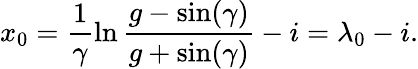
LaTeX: x_{0}=\frac{1}{\gamma}\ln\frac{g-\sin(\gamma)}{g+\sin(\gamma)}-i=\lambda_{0}-i.